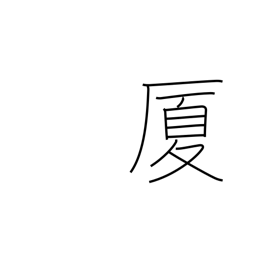
Meaning: house